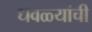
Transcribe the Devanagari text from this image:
धवळ्यांची